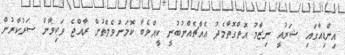
އިންޑިއާގައި ޝަރުއީ ނިޒާމު އޮތްގޮތާމެދު އެއްޗެއްނުބުނީ ކީއްވެބާ ކޮމަންވެލްތުން ރާއްޖެ ވަކިވާން ސަރުކާރުން